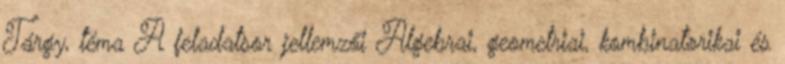
Tárgy, téma A feladatsor jellemzői Algebrai, geometriai, kombinatorikai és